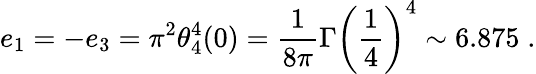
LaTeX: e_{1}=-e_{3}=\pi^{2}\theta_{4}^{4}(0)=\frac{1}{8\pi}\Gamma\left(\frac{1}{4}\right)^{4}\sim 6.875\; .